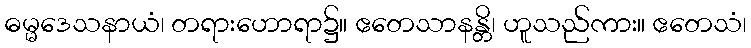
ဓမ္မဒေသနာယံ၊ တရားဟောရာ၌။ ဧတေသာနန္တိ၊ ဟူသည်ကား။ ဧတေသံ၊